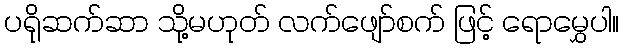
ပရိုဆက်ဆာ သို့မဟုတ် လက်ဖျော်စက် ဖြင့် ရောမွှေပါ။